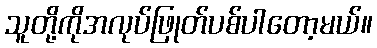
သူတို့ကိုအလုပ်ဖြုတ်ပစ်ပါတော့မယ်။